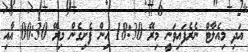
އަދި މިއެލާޓް ނެރެފައިވަނީ މިރޭ 18:30 އިން ފެށިގެން މިރޭ 00:30 އާއި